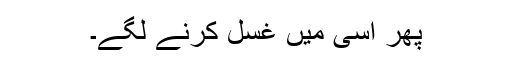
پھر اسی میں غسل کرنے لگے۔